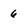
Character: 6